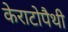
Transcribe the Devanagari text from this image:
केराटोपैथी